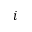
i